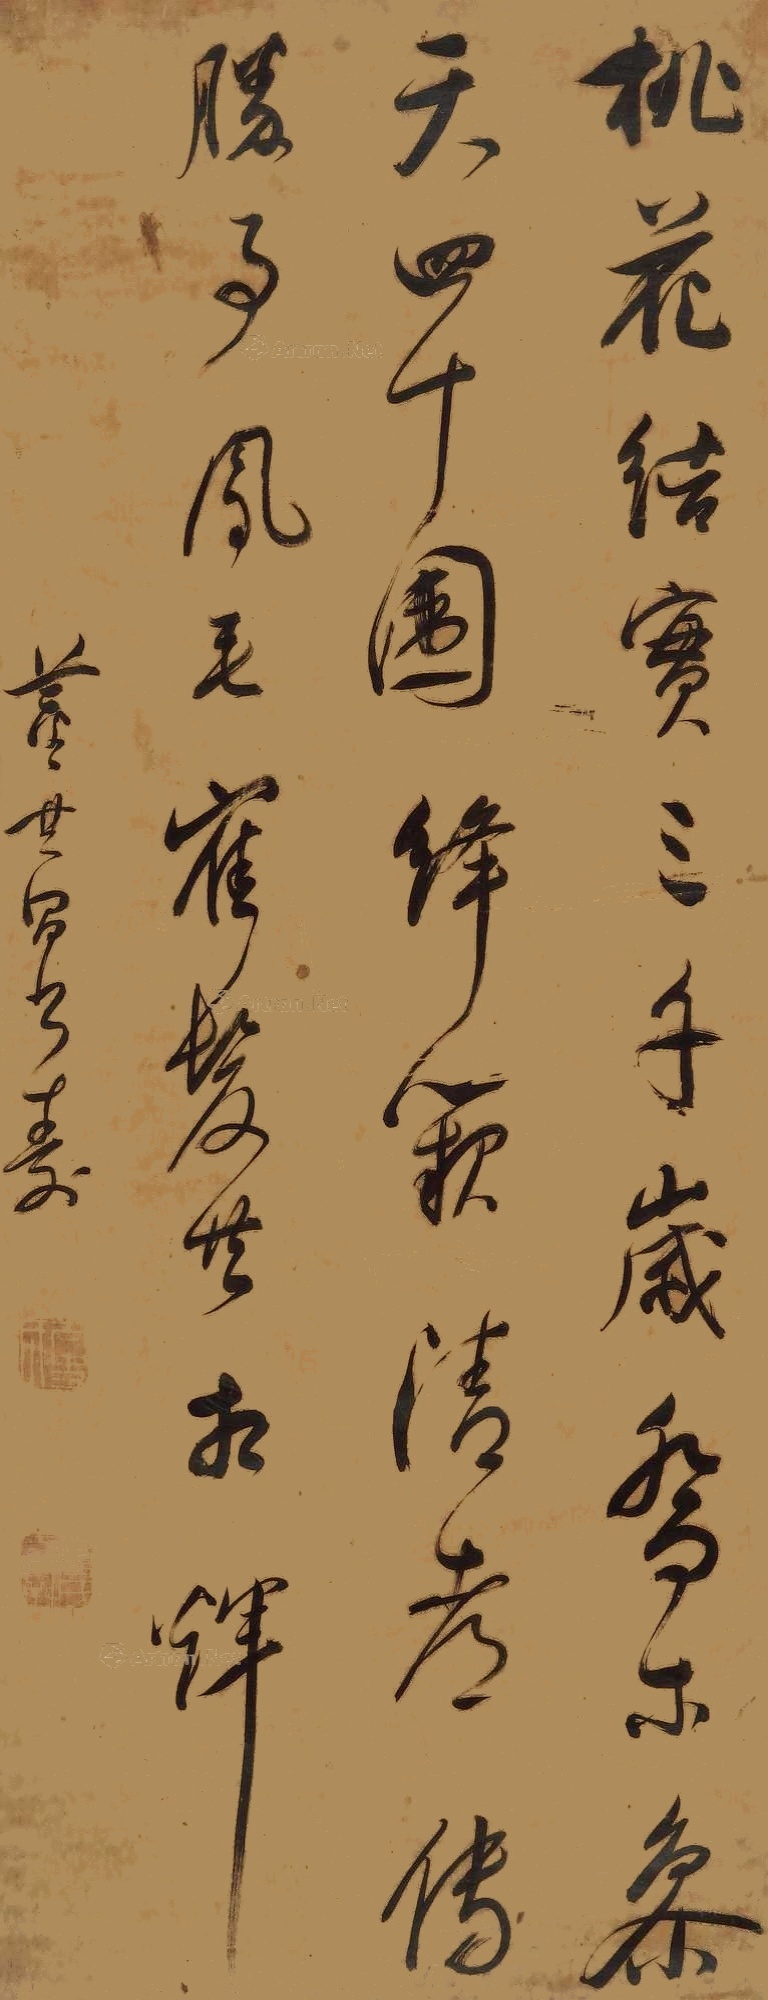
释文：桃花结实三千岁，乔木参天四十围。绛阙清都传胜事，凤毛鹤发共相辉。董其昌书寿。